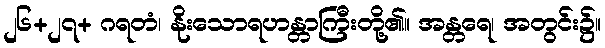
၂၆+၂၇+ ဂရတံ၊ နိုးသောရဟန္တာကြီးတို့၏။ အန္တရေ၊ အတွင်း၌။